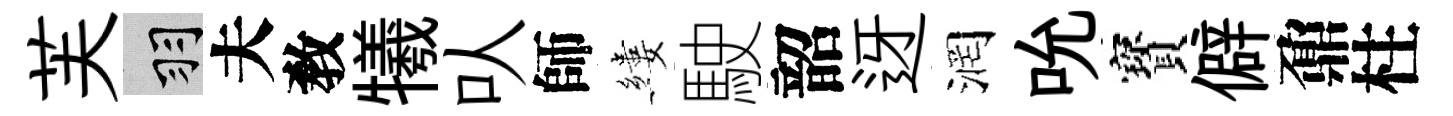
芙羽夫敎犧㕥師縷駛韶迓润吮寳僻鼐柱